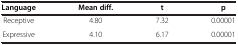
<table><thead><tr><td><b>Language</b></td><td><b>Mean diff.</b></td><td><b>t</b></td><td><b>p</b></td></tr></thead><tbody><tr><td>Receptive</td><td>4.80</td><td>7.32</td><td>0.00001</td></tr><tr><td>Expressive</td><td>4.10</td><td>6.17</td><td>0.00001</td></tr></tbody></table>